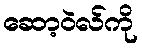
ဆော့ဝဲလ်ကို